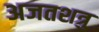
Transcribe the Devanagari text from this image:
अजतशत्रु